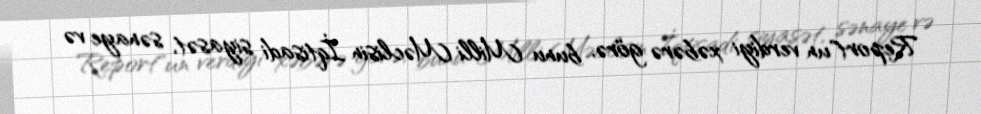
Report"un verdiyi xəbərə görə, bunu Milli Məclisin İqtisadi siyasət, sənaye və